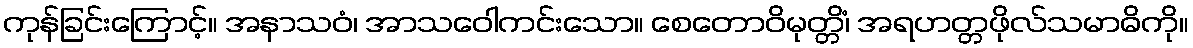
ကုန်ခြင်းကြောင့်။ အနာသဝံ၊ အာသဝေါကင်းသော။ စေတောဝိမုတ္တိံ၊ အရဟတ္တဖိုလ်သမာဓိကို။